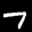
Label: 7